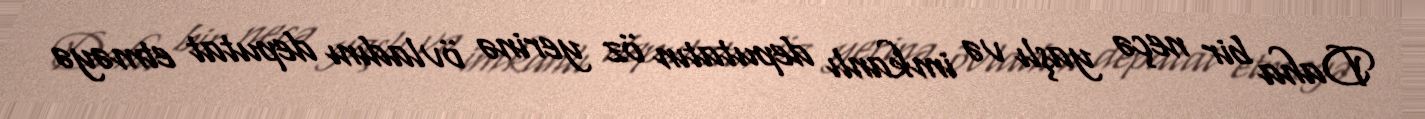
Daha bir neçə yaşlı və imkanlı deputatın öz yerinə övladını deputat etməyə